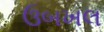
ઉબખલ